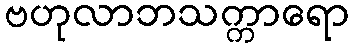
ဗဟုလာဘသက္ကာရော